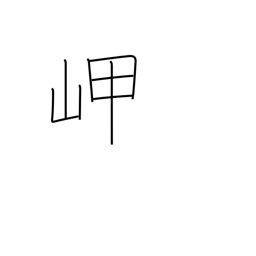
Meaning: headland